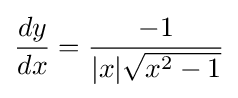
{\frac {dy}{dx}}={\frac {-1}{|x|{\sqrt {x^{2}-1}}}}